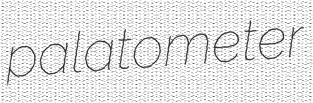
palatometer